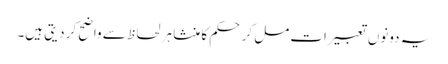
یہ دونوں تعبیرات مل کر حکم کا منشا ہر لحاظ سے واضح کر دیتی ہیں۔